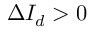
\Delta I _ { d } > 0